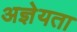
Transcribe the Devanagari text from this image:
अज्ञेयता